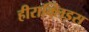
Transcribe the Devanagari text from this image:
हीराक्लिडस